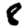
Digit: 8